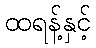
ထရန့်နှင့်